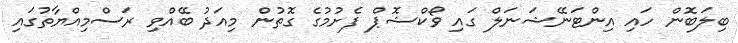
ބިލަބޮން ހައި އިންޓަނޭޝަނަލް ގައި ވޯކްޝޮޕް ފެށުމުގެ ގޮތުން މިއަދު ބޭއްވި ރަސްމިއްޔާތުގައި